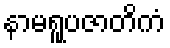
နာမရူပဇာတိကံ